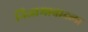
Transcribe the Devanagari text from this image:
निजामाबादला